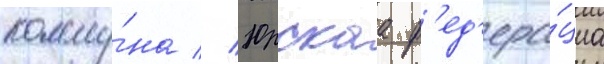
комму́на // Юрскаа ф'ед'ера́циа